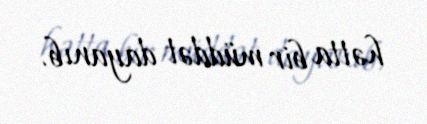
hətta bir müddət dayanıb.